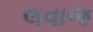
લવાજ